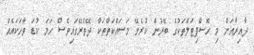
ދާއިރާއަށް މި ހޮސްޕިޓަލްތަކުގެ ބޭރުން ކުރެވޭ މަސައްކަތްތަކާ ދޭތެރޭގައިވެސް ހަމަ ކުޑަ ވާހަކައެއް